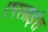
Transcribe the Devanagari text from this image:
एरलाइंस